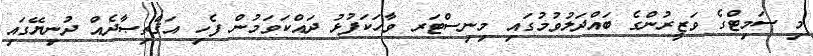
މި ސަމިޓްގެ ވަޒީރުންގެ ބައްދަލުވުމުގައި މިނިސްޓަރ ވާހަކަފުޅު ދައްކަވަމުން ފެހި އަޤްތިޞާދެއް ދުނިޔޭގައި